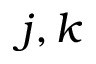
j , k